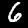
Digit: 6